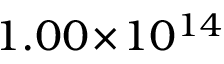
1 . 0 0 \! \times \! 1 0 ^ { 1 4 }